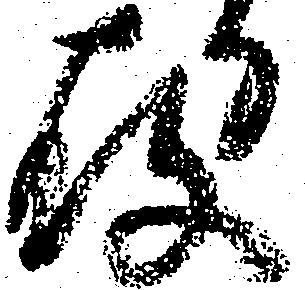
存